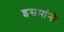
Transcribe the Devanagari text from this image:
इसमांनी